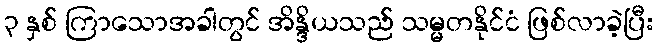
၃ နှစ် ကြာသောအခါတွင် အိန္ဒိယသည် သမ္မတနိုင်ငံ ဖြစ်လာခဲ့ပြီး